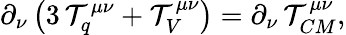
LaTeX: \partial_{\nu}\left(3\, {\cal T}_{q}^{\mu\nu}+{\cal T}_{V}^{\mu\nu}\right)=\partial_{\nu}\, {\cal T}_{CM}^{\mu\nu},